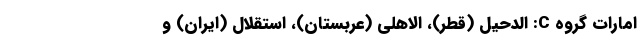
امارات گروه C: الدحیل (قطر)، الاهلی (عربستان)، استقلال (ایران) و